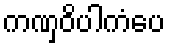
ကဏှဝိပါကံပေ